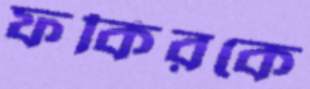
ফকিরকে